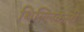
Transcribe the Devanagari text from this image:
थिल्लिकली